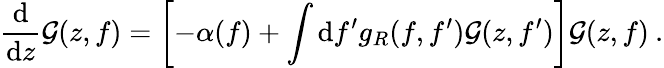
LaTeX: \frac{\mathrm{d}}{\mathrm{d}z}\mathcal{G}(z,f)=\left[-\alpha(f)+\int\mathrm{d}f^{\prime}g_{R}(f,f^{\prime})\mathcal{G}(z,f^{\prime})\right]\mathcal{G}(z,f)\: .